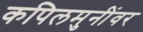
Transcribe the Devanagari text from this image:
कपिलमुनींवर